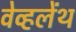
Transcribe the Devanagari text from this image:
वेव्हलेंथ